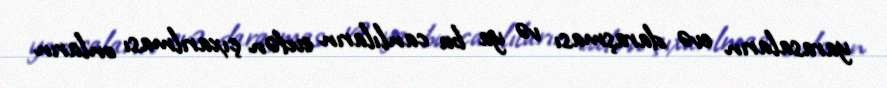
yarasaların evə daraşması və ya bu canlıların evdən çıxarılması onların